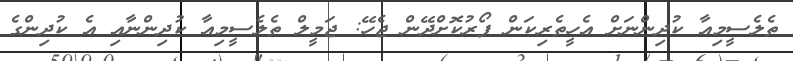
ތެލެސީމިއާ ކުދިންނަށް އެހީތެރިކަން ފޯރުކޮށްދޭން ޖެހޭ: ޖަމީލް ތެލެސީމިއާ ކުދިންނާއި އެ ކުދިންގެ